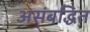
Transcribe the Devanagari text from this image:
असंबद्धित